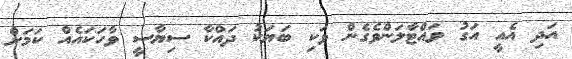
އަދި އެއީ އަގު ވައްޓާލަންވެގެން ވަކި ބަޔަކު ދައްކާ ސިޔާސީ ވާހަކައެއް ކަމަށް